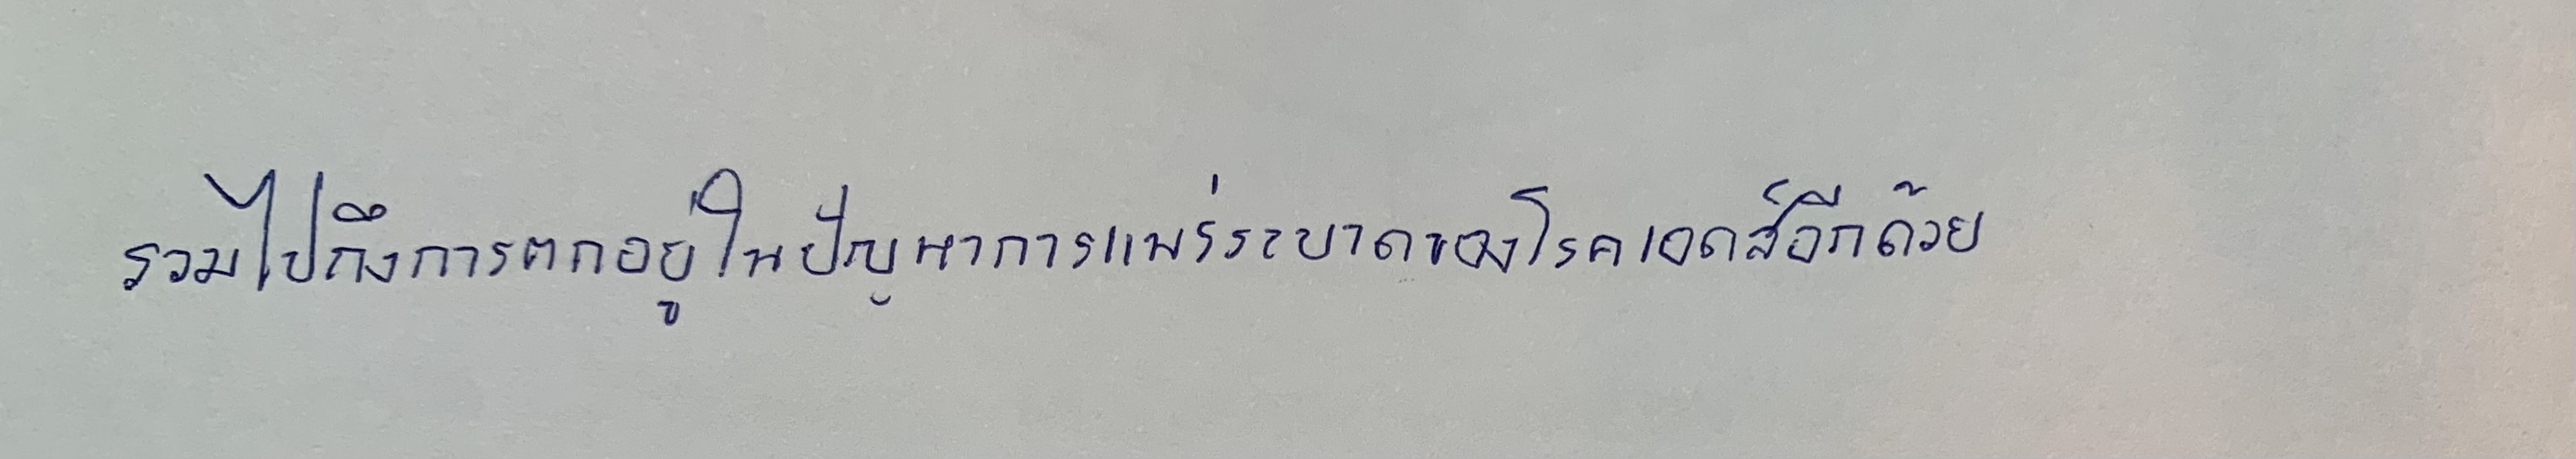
รวมไปถึงการตกอยู่ในปัญหาการแพร่ระบาดของโรคเอดส์อีกด้วย